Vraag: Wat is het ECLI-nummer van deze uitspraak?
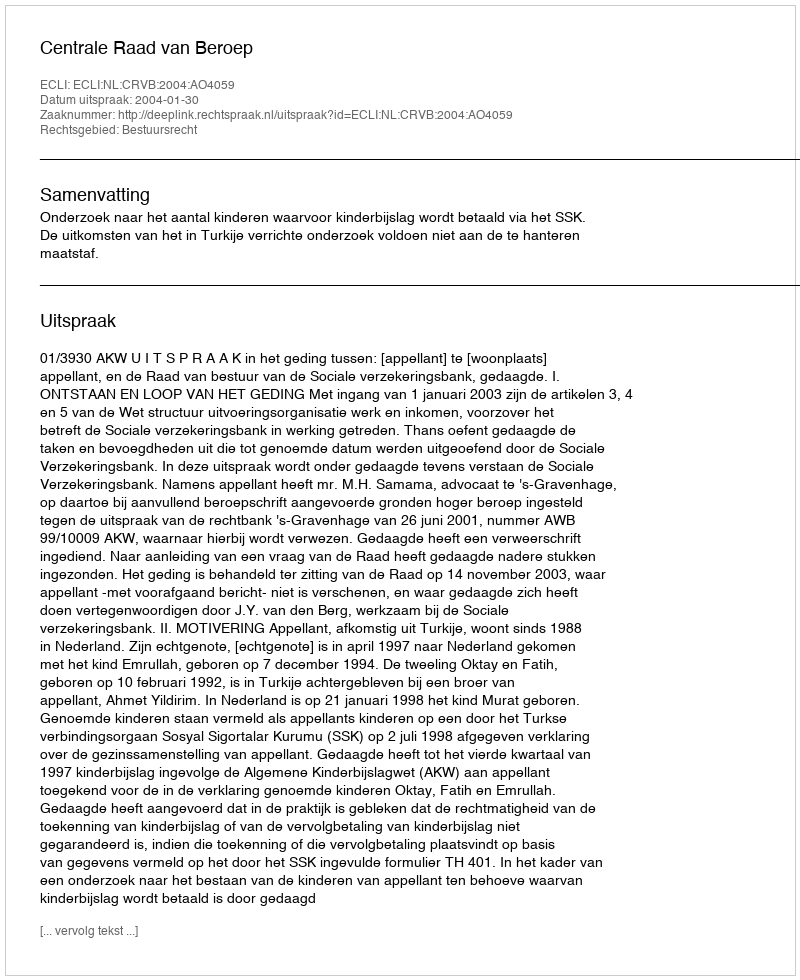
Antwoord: ECLI:NL:CRVB:2004:AO4059